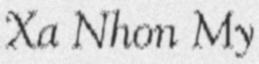
Xa Nhon My